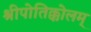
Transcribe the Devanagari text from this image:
श्रीपोतिक्कोलम्